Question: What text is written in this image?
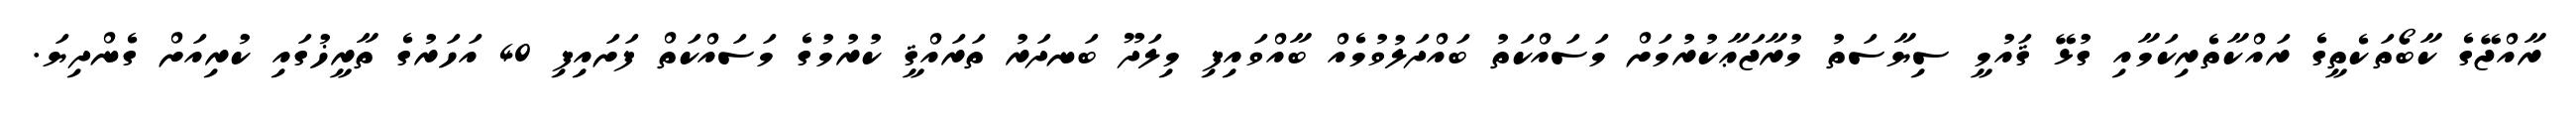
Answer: ރާއްޖޭގެ ކާބޯތަކެތީގެ ރައްކާތެރިކަމާއި ގުޅޭ ޤައުމީ ސިޔާސަތު މުރާޖަޢާކުރުމަށް މަސައްކަތު ބައްދަލުވުމެއް ބާއްވައިފި މިލަދޫ ބަނދަރު ތަރައްޤީ ކުރުމުގެ މަސައްކަތް ފަށައިފި 40 އަހަރުގެ ތާރީޚުގައި ކުރިއަށް ގެންދިޔަ.